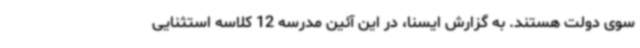
سوی دولت هستند. به گزارش ایسنا، در این آئین مدرسه 12 کلاسه استثنایی